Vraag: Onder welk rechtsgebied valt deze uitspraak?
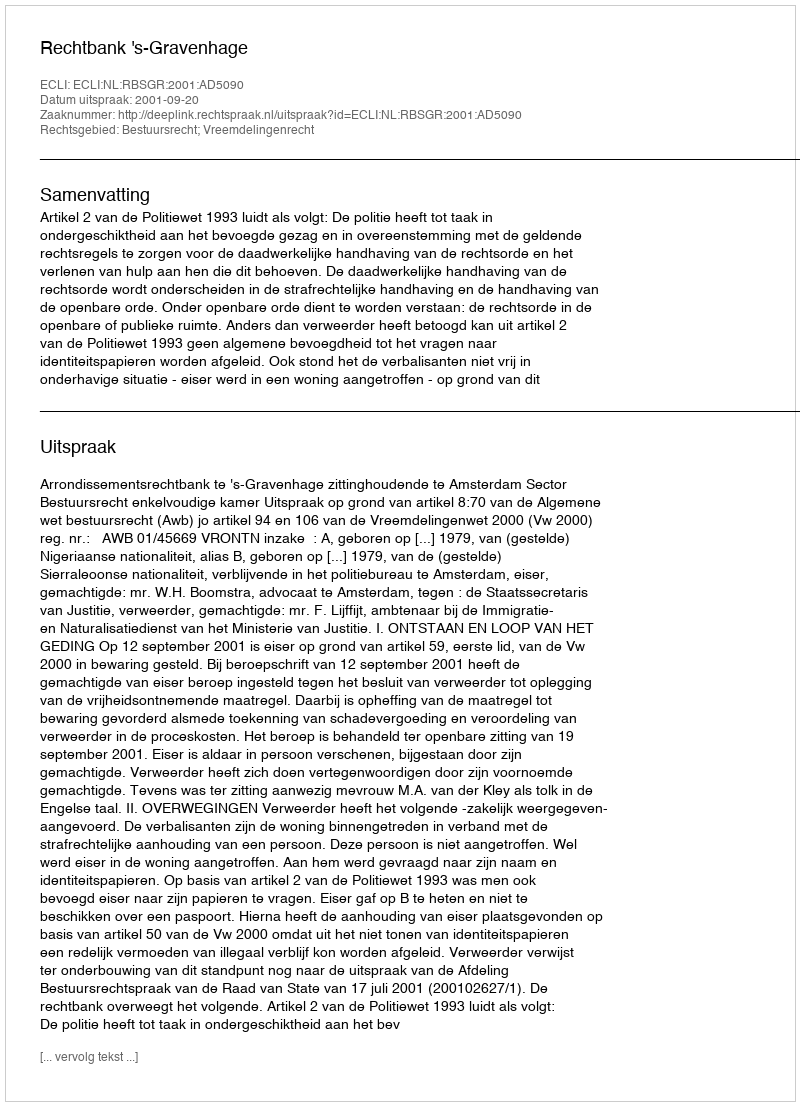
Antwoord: Bestuursrecht; Vreemdelingenrecht